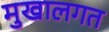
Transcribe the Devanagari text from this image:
मुखालगत